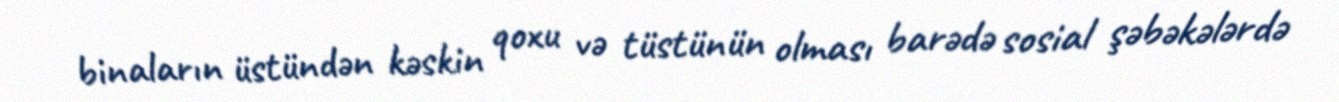
binaların üstündən kəskin qoxu və tüstünün olması barədə sosial şəbəkələrdə